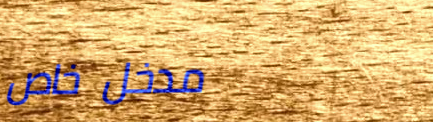
مدخل خاص